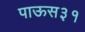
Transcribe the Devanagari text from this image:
पाऊस३१